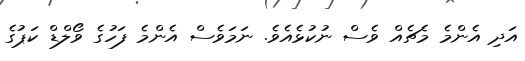
އަދި އެންމެ މެޗެއް ވެސް ނުކުޅެއެވެ. ނަމަވެސް އެންމެ ފަހުގެ ވޯލްޑް ކަޕުގެ